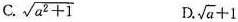
C.$$\sqrt { a ^ { 2 } + 1 }$$ D. $$\sqrt { a } + 1$$